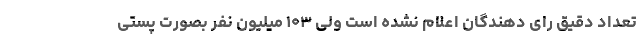
تعداد دقیق رای دهندگان اعلام نشده است ولی ۱۰۳ میلیون نفر بصورت پستی